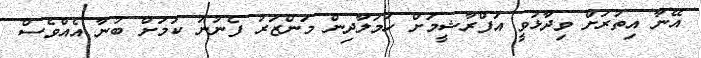
އޭނާ އިތުރަށް ވިދާޅުވީ އަފްރާޝީމަށް ހަމަލާދިން މަންޒަރު ފެނުނު ކަމަށް ބުނާ އެއްވެސް